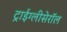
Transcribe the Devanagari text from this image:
ट्राईग्लीसेरॉल